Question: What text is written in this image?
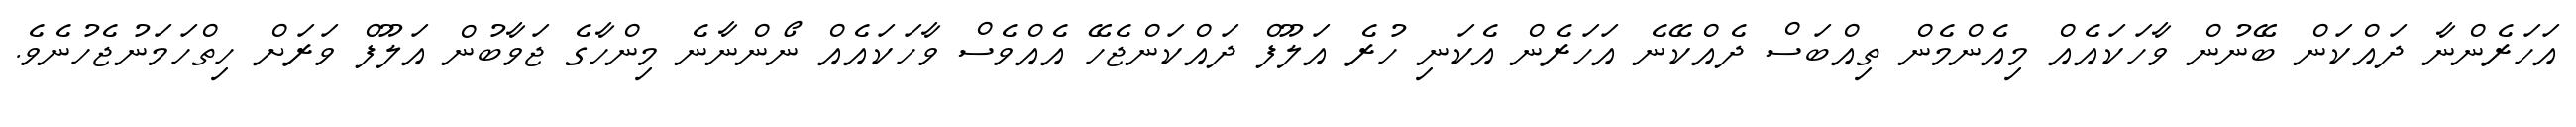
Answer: އަހަރެންނާ ދައްކަން ބޭނުން ވާހަކައެއް މިއެންމެން ތިއްބަސް ދެއްކޭނެ އަހަރެން އެކަނި ހުރެ އަލޫފް ދައްކަންޖެހޭ އެއްވެސް ވާހަކައެއް ނޯންނާނެ މިންހާގެ ޖަވާބުން އަލޫފް ވަރަށް ހިތްހަމަނުޖެހުނެވެ.